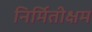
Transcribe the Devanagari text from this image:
निर्मितीक्षम